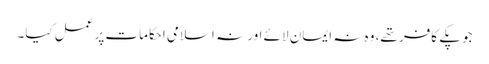
جو پکے کافر تھے، وہ نہ ایمان لائے اور نہ اسلامی احکامات پر عمل کیا۔